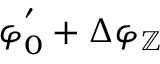
\varphi _ { 0 } ^ { ' } + \Delta \varphi _ { \mathbb { Z } }